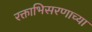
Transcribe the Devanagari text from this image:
रक्ताभिसरणाच्या